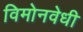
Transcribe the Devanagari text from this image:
विमोनवेधी